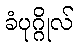
ခံပုဂ္ဂိုလ်